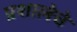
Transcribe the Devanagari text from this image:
प्रशालेचे